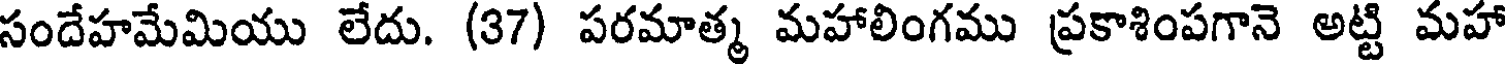
సందేహమేమియు లేదు. (37) పరమాత్మ మహాలింగము ప్రకాశింపగానె అట్టి మహా